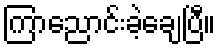
ကြာညောင်းခဲ့ချေပြီ။